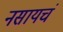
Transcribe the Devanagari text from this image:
नसायचं